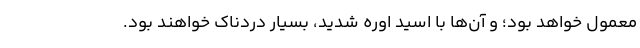
معمول خواهد بود؛ و آن‌ها با اسید اوره شدید، بسیار دردناک خواهند بود.